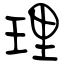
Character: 理